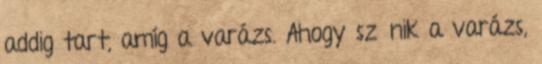
addig tart, amíg a varázs. Ahogy szűnik a varázs,